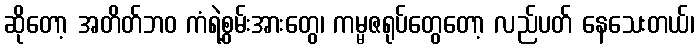
ဆိုတော့ အတိတ်ဘဝ ကံရဲ့စွမ်းအားတွေ၊ ကမ္မဇရုပ်တွေတော့ လည်ပတ် နေသေးတယ်၊